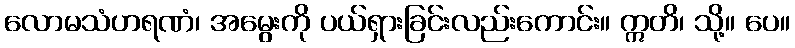
လောမသံဟရဏံ၊ အမွေးကို ပယ်ရှားခြင်းလည်းကောင်း။ ဣတိ၊ သို့။ ပေ။